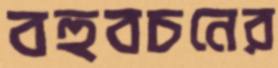
বহুবচনের